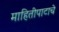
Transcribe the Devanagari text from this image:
माहितीपाटाचे